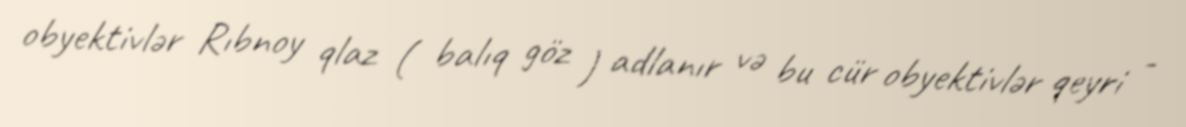
obyektivlər Rıbnoy qlaz ( balıq göz ) adlanır və bu cür obyektivlər qeyri -